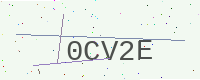
Text: 0CV2E